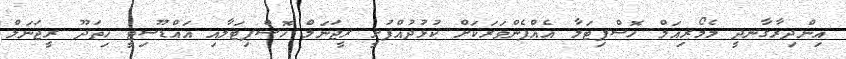
އިންދިރާގާނދީ މެމޯރިއަލް ހޮސްޕިޓަލާ އެއްފެންވަރަކަށް ކުޅުދުއްފުށީ ރީޖަނަލް ހޮސްޕިޓަލާއި އައްޑޫސިޓީ ހިތަދޫ ރީޖަނަލް